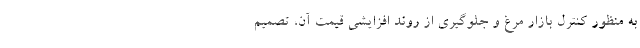
به منظور کنترل بازار مرغ و جلوگیری از روند افزایشی قیمت آن، تصمیم